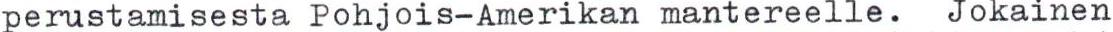
perustamisesta Pohjois-Amerikan mantereelle. Jokainen